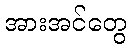
အားအင်တွေ